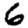
Digit: 6